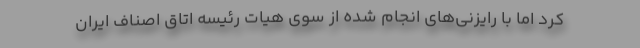
کرد اما با رایزنی‌های انجام شده از سوی هیات رئیسه اتاق اصناف ایران